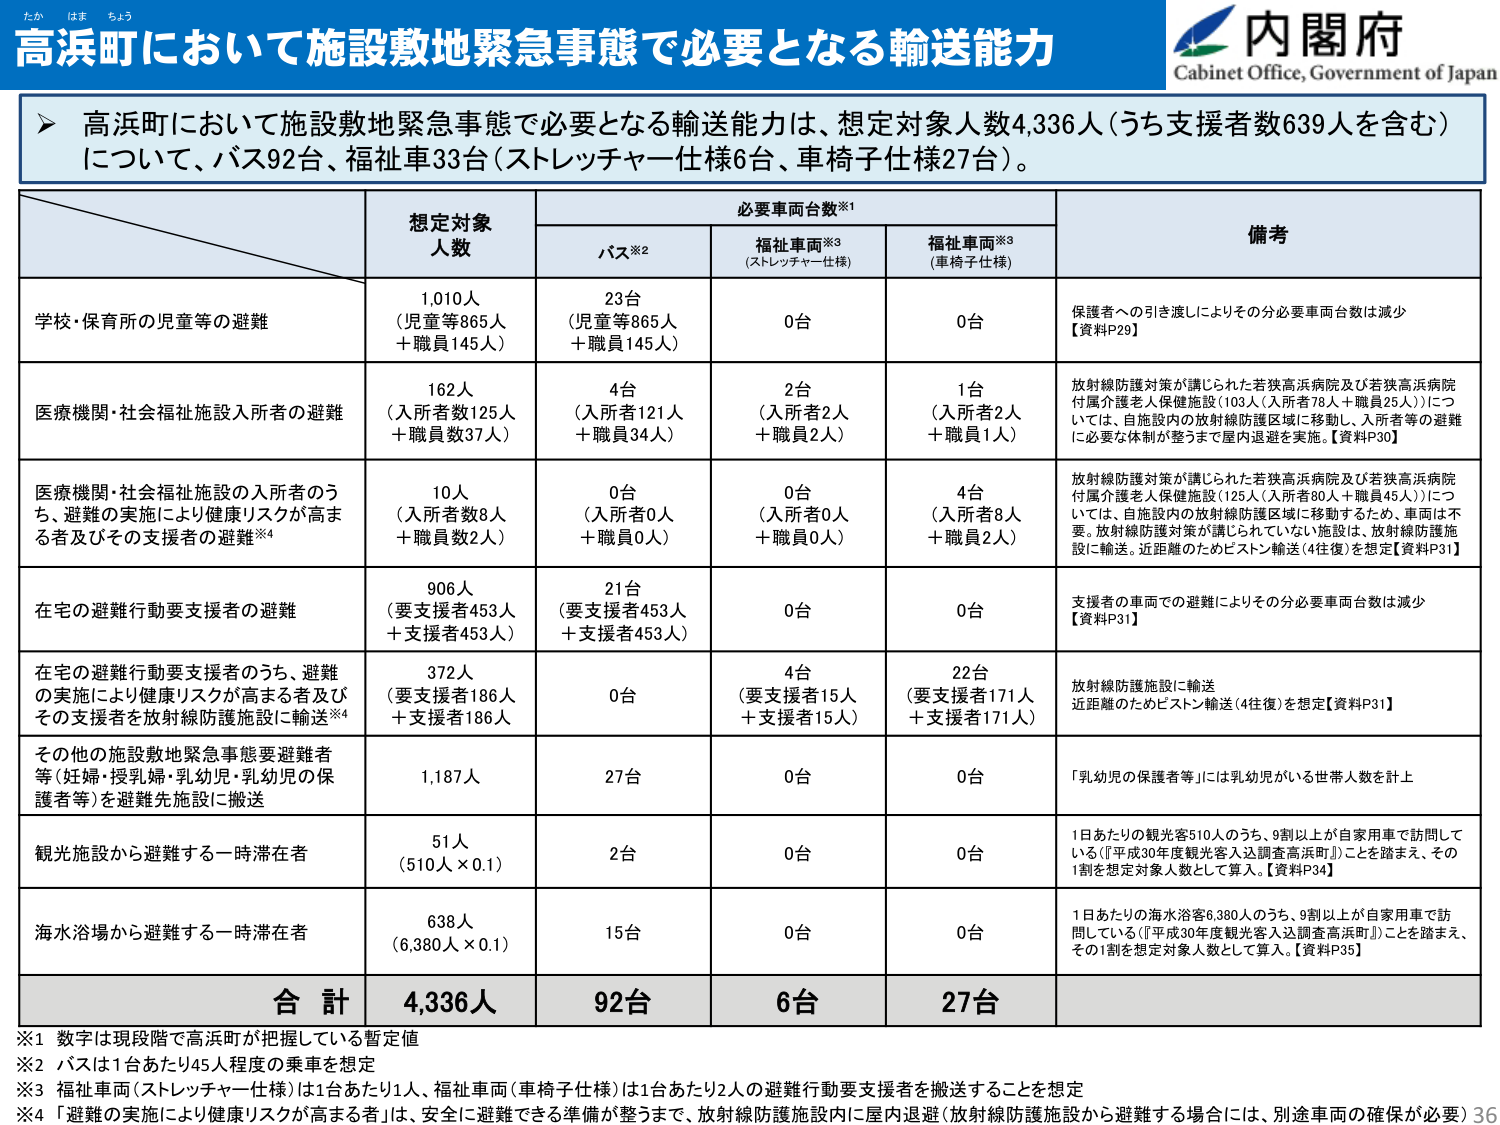
たか はま ちょう
高浜町において施設敷地緊急事態で必要となる輸送能力
Cabinet Office, Government of Japan
内閣府

▶ 高浜町において施設敷地緊急事態で必要となる輸送能力は、想定対象人数4,336人（うち支援者数639人を含む）について、バス92台、福祉車33台（ストレッチャー仕様6台、車椅子仕様27台）。

必要車両台数※1
想定対象人数
バス※2
福祉車両※3（ストレッチャー仕様）
福祉車両※3（車椅子仕様）
備考

学校・保育所の児童等の避難
1,010人（児童等865人＋職員145人）
23台（児童等865人＋職員145人）
0台
0台
保護者への引き渡しによりその分必要車両台数は減少【資料P29】

医療機関・社会福祉施設入所者の避難
162人（入所者数125人＋職員数37人）
4台（入所者121人＋職員34人）
2台（入所者2人＋職員2人）
1台（入所者2人＋職員1人）
放射線防護対策が講じられた若狭高浜病院及び若狭高浜病院付属介護老人保健施設（103人（入所者78人＋職員25人））については、自施設内の放射線防護区域内に移動し、入所者等の避難に必要な体制が整うまで屋内退避を実施。【資料P30】

医療機関・社会福祉施設の入所者のうち、避難の実施により健康リスクが高まる者及びその支援者の避難※4
10人（入所者数8人＋職員数2人）
0台（入所者0人＋職員0人）
0台（入所者0人＋職員0人）
4台（入所者8人＋職員2人）
放射線防護対策が講じられた若狭高浜病院及び若狭高浜病院付属介護老人保健施設（125人（入所者80人＋職員45人））については、自施設内の放射線防護区域内に移動するため、車両は不要。放射線防護対策が講じられていない施設は、放射線防護施設に輸送。近距離のためピストン輸送（4往復）を想定【資料P31】

在宅の避難行動要支援者の避難
906人（要支援者453人＋支援者453人）
21台（要支援者453人＋支援者453人）
0台
0台
支援者の車両での避難によりその分必要車両台数は減少【資料P31】

在宅の避難行動要支援者のうち、避難の実施により健康リスクが高まる者及びその支援者を放射線防護施設に輸送※4
372人（要支援者186人＋支援者186人）
0台
4台（要支援者15人＋支援者15人）
22台（要支援者171人＋支援者171人）
放射線防護施設に輸送近距離のためピストン輸送（4往復）を想定【資料P31】

その他の施設敷地緊急事態要避難者等（妊婦・授乳婦・乳幼児・乳幼児の保護者等）を避難先施設に搬送
1,187人
27台
0台
0台
「乳幼児の保護者等」には乳幼児がいる世帯人数を計上

観光施設から避難する一時滞在者
51人（510人×0.1）
2台
0台
0台
1日あたりの観光客510人のうち、9割以上が自家用車で訪問している（『平成30年度観光客入込調査高浜町』）ことを踏まえ、その1割を想定対象人数として算入。【資料P34】

海水浴場から避難する一時滞在者
638人（6,380人×0.1）
15台
0台
0台
1日あたりの海水浴客6,380人のうち、9割以上が自家用車で訪問している（『平成30年度観光客入込調査高浜町』）ことを踏まえ、その1割を想定対象人数として算入。【資料P35】

合計
4,336人
92台
6台
27台

※1 数字は現段階で高浜町が把握している暫定値
※2 バスは1台あたり45人程度の乗車を想定
※3 福祉車両（ストレッチャー仕様）は1台あたり1人、福祉車両（車椅子仕様）は1台あたり2人の避難行動要支援者を搬送することを想定
※4 「避難の実施により健康リスクが高まる者」は、安全に避難できる準備が整うまで、放射線防護施設内に屋内退避（放射線防護施設から避難する場合には、別途車両の確保が必要）
36